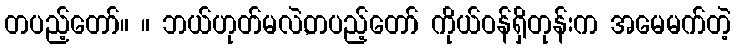
တပည့်တော်။ ။ ဘယ်ဟုတ်မလဲ,တပည့်တော် ကိုယ်ဝန်ရှိတုန်းက အမေမက်တဲ့